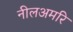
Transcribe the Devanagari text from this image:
नीलअमरि